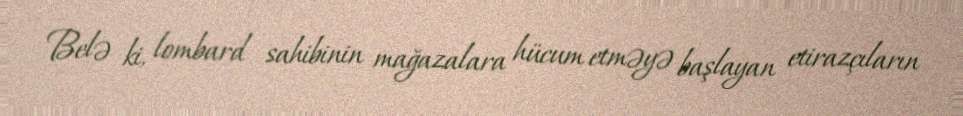
Belə ki, lombard sahibinin mağazalara hücum etməyə başlayan etirazçıların